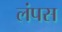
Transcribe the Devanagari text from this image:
लंपस